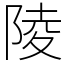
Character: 陵